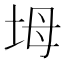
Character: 坶